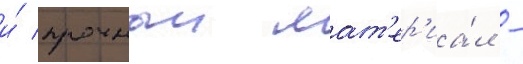
и́ прочныи мат'ер'иа́л -